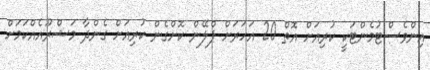
އިންވެސްޓުމެންޓަކީ ކުރިއަށް އޮތް 20 އަހަރަށް ޕްލޭން ކޮށްގެން ކުރިއަށް ގެންދާ މަޝްރޫއެއްކަމަށް